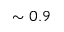
\sim 0 . 9